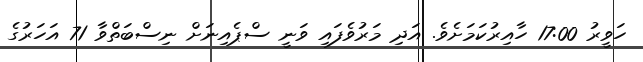
ހަވީރު 17:00 ހާއިރުކަމަށެވެ. އަދި މަރުވެފައި ވަނީ ސްޕެއިނަށް ނިސްބަތްވާ 71 އަހަރުގެ